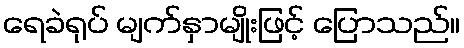
ရေခဲရုပ် မျက်နှာမျိုးဖြင့် ပြောသည်။